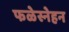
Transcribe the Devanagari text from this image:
फळेस्नेहन